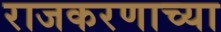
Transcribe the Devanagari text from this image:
राजकरणाच्या